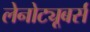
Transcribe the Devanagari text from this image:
लेनोट्यूबर्स